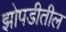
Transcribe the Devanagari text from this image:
झोपडीतील